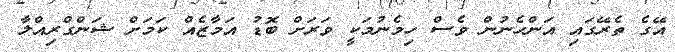
އޭގެ ތެރޭގައި އަންހެނުން ވެސް ހިމެނުމަކީ ވަރަށް ބޮޑު އަމާޒެެއް ކަމަށް ޝަންގްރިއްލާ